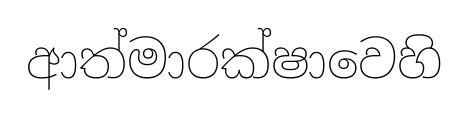
ආත්මාරක්ෂාවෙහි